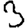
Digit: 3